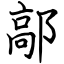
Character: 鄗